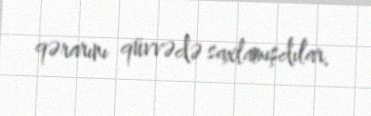
qərarını qüvvədə saxlamışdılar.